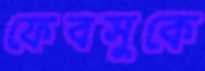
ফেবসুকে